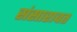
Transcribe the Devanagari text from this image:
संसारावत